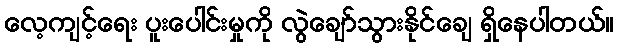
လေ့ကျင့်ရေး ပူးပေါင်းမှုကို လွဲချော်သွားနိုင်ချေ ရှိနေပါတယ်။